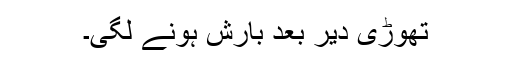
تھوڑی دیر بعد بارش ہونے لگی۔